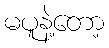
မပူနဲ့တော့